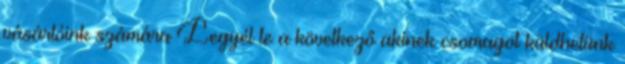
vásárlóink számára Legyél te a következő akinek csomagot küldhetünk